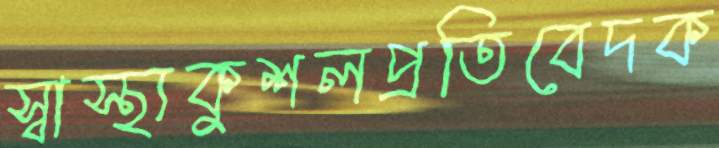
স্বাস্থ্যকুশলপ্রতিবেদক